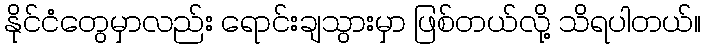
နိုင်ငံတွေမှာလည်း ရောင်းချသွားမှာ ဖြစ်တယ်လို့ သိရပါတယ်။